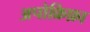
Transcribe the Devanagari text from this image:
अपोक्रिफ़ा